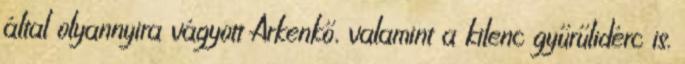
által olyannyira vágyott Arkenkő, valamint a kilenc gyűrűlidérc is.